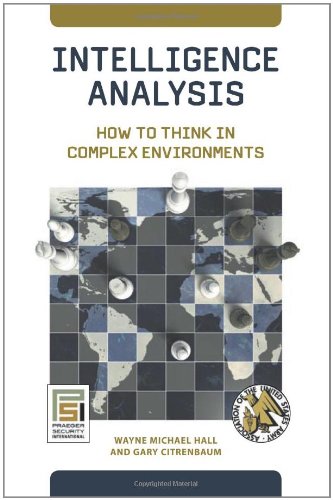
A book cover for Intelligence Analysis: How to Think in Complex Environments (Praeger Security International); Wayne Michael Hall; Law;